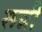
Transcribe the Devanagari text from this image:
रून्नी